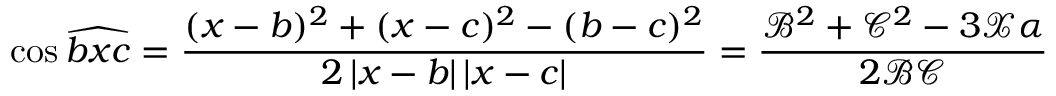
\cos \widehat { b x c } = \frac { ( x - b ) ^ { 2 } + ( x - c ) ^ { 2 } - ( b - c ) ^ { 2 } } { 2 \left| x - b \right| \left| x - c \right| } = \frac { \mathcal { B } ^ { 2 } + \mathcal { C } ^ { 2 } - 3 \mathcal { X } \alpha } { 2 \mathcal { B C } }